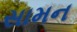
સામન